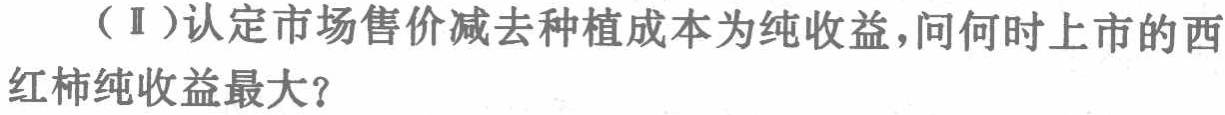
（Ⅰ）认定市场售价减去种植成本为纯收益，问何时上市的西红柿纯收益最大？